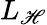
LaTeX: L_{\mathscr{H}}